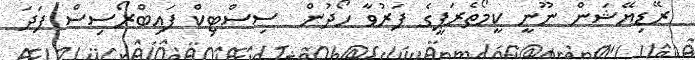
ރޭޑިޔޭޝަން ނޫނީ ކީމޯތެރަޕީގެ ފަރުވާ ހޯދުން  ސިސްޓިކް ފައިބްރޯސިސް ފަދަ